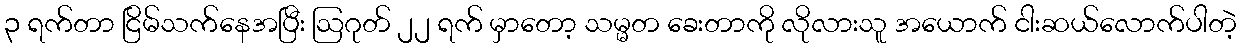
၃ ရက်တာ ငြိမ်သက်နေအပြီး ဩဂုတ် ၂၂ ရက် မှာတော့ သမ္မတ ခေးတာကို လိုလားသူ အယောက် ငါးဆယ်လောက်ပါတဲ့